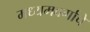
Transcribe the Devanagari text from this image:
मध्यमवर्गाचे